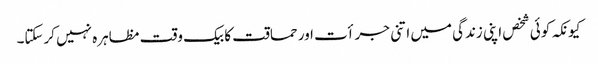
کیونکہ کوئی شخص اپنی زندگی میں اتنی جرأت اور حماقت کا بیک وقت مظاہرہ نہیں کرسکتا۔